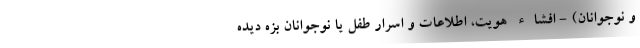
و نوجوانان) - افشاء هویت، اطلاعات و اسرار طفل یا نوجوانان بزه دیده